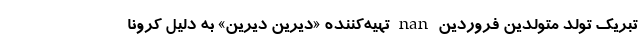
تبریک تولد متولدین فروردین nan تهیه‌کننده «دیرین دیرین» به دلیل کرونا